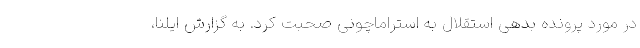
در مورد پرونده بدهی استقلال به استراماچونی صحبت کرد. به گزارش ایلنا،